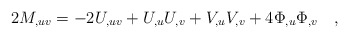
\begin{align*}2M_{,uv}=-2U_{,uv}+U_{,u}U_{,v}+V_{,u}V_{,v}+4 \Phi_{,u} \Phi_{,v} \quad ,\end{align*}